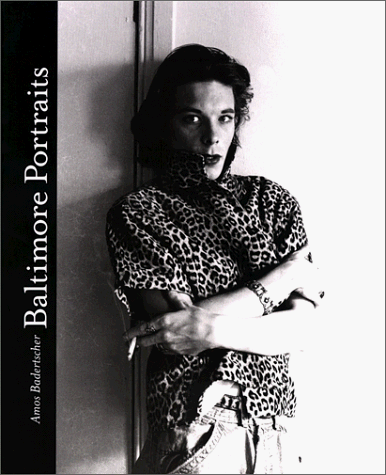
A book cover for Baltimore Portraits (Duke University Museum of Art); Amos Badertscher; Gay & Lesbian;